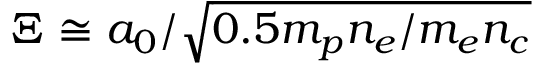
\Xi \cong a _ { 0 } / \sqrt { 0 . 5 m _ { p } n _ { e } / m _ { e } n _ { c } }